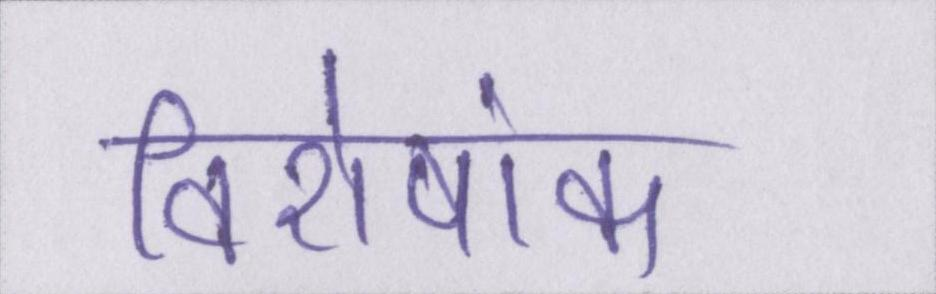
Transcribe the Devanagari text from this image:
विशेषांक